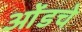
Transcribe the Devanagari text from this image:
ओंडचे